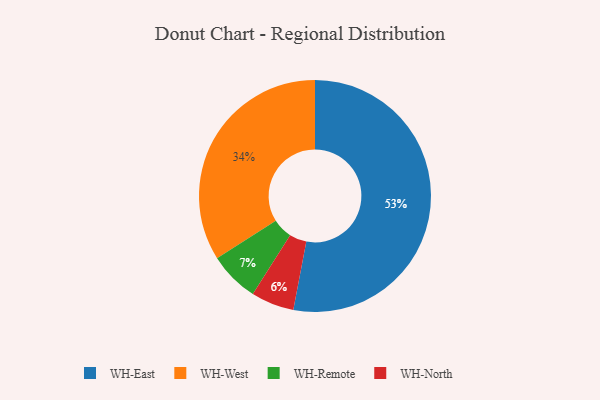
{"axis": {"x": "Category", "y": "Percentage"}, "legend": ["WH-East", "WH-North", "WH-Remote", "WH-West"], "data": [{"x": "WH-East", "y": 53, "type": "WH-East"}, {"x": "WH-North", "y": 6, "type": "WH-North"}, {"x": "WH-West", "y": 34, "type": "WH-West"}, {"x": "WH-Remote", "y": 7, "type": "WH-Remote"}]}